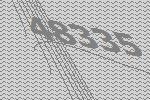
48335